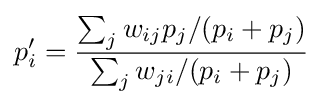
p_{i}'={\frac {\sum _{j}w_{ij}p_{j}/(p_{i}+p_{j})}{\sum _{j}w_{ji}/(p_{i}+p_{j})}}